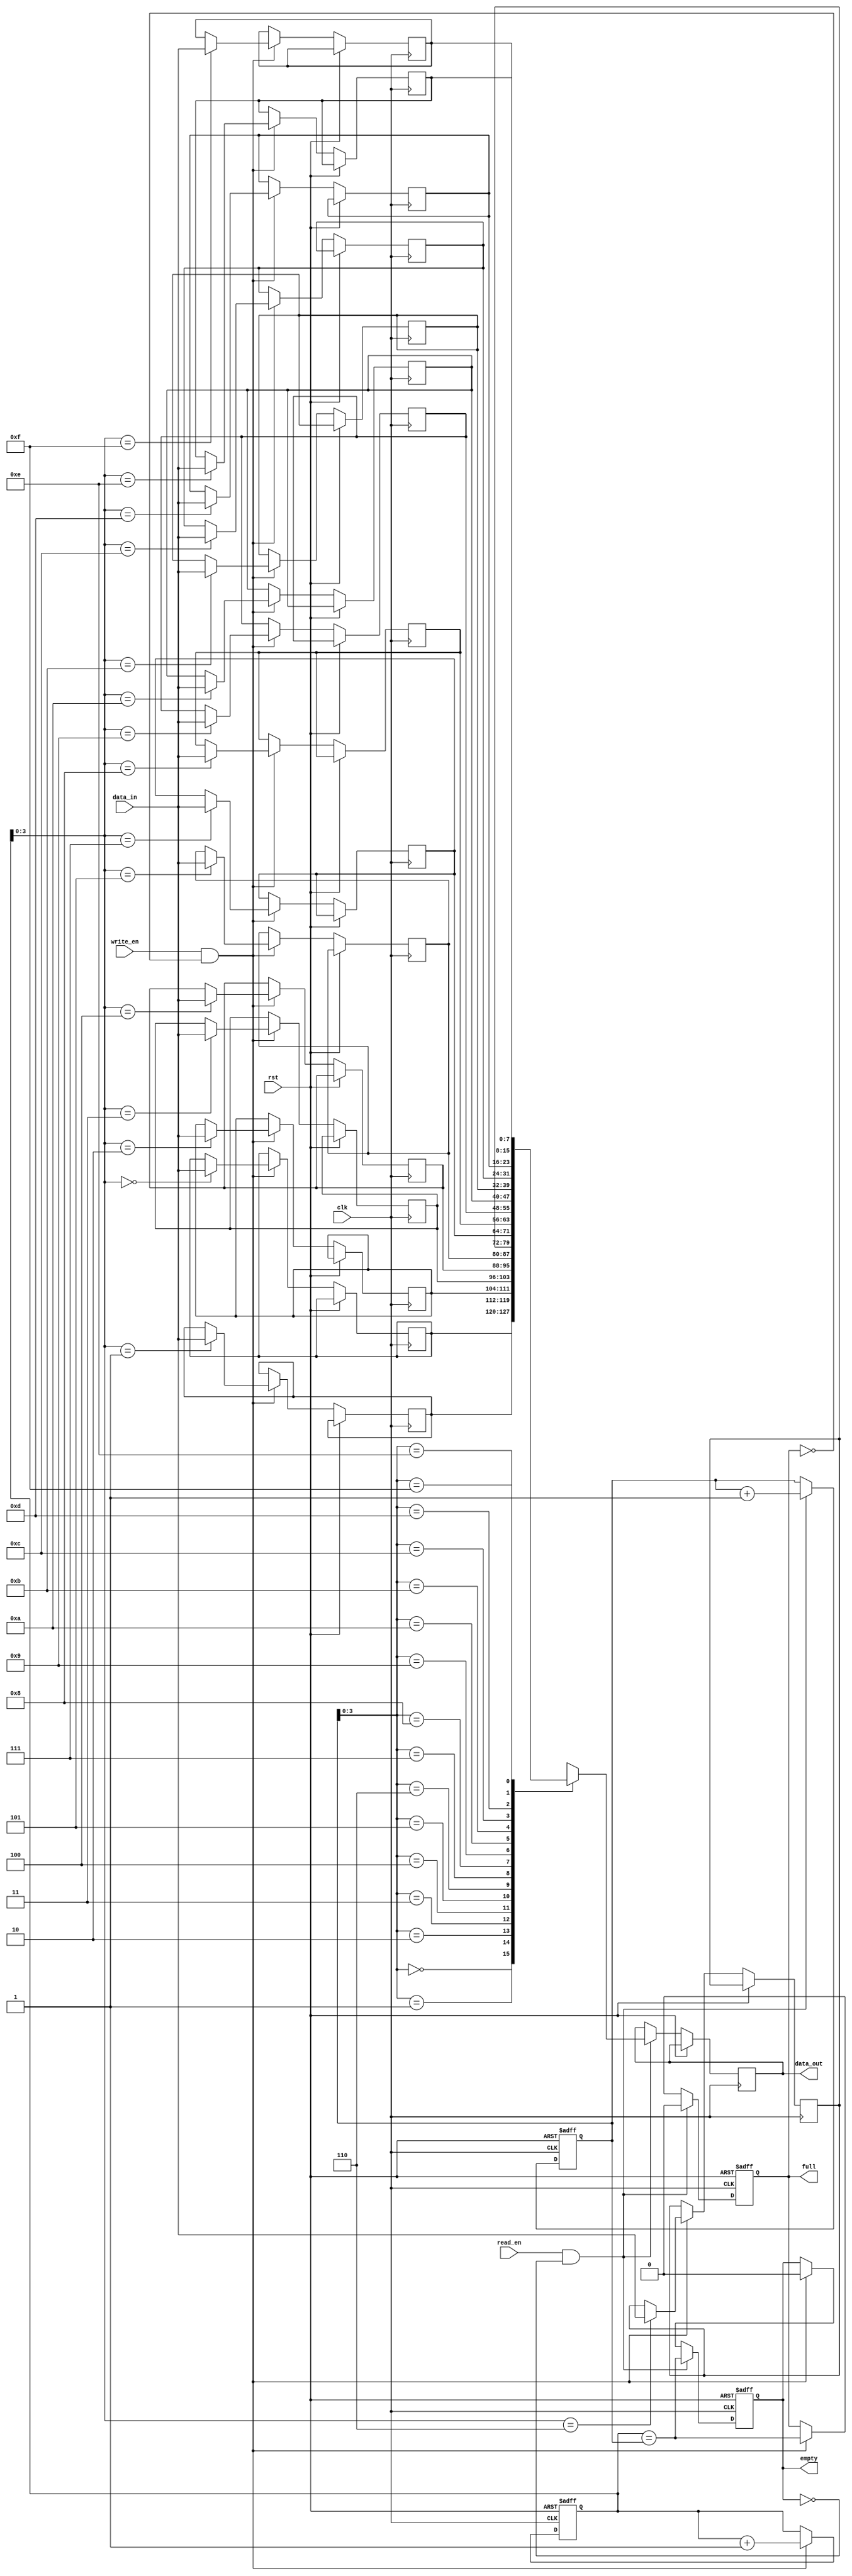
module async_fifo (
  input wire clk,
  input wire rst,
  input wire write_en,
  input wire read_en,
  input wire [WIDTH-1:0] data_in,
  output reg [WIDTH-1:0] data_out,
  output reg full,
  output reg empty
);

parameter WIDTH = 8;
parameter DEPTH = 16;

reg [WIDTH-1:0] memory [0:DEPTH-1];
reg [4:0] wr_ptr = 0;
reg [4:0] rd_ptr = 0;

always @(posedge clk or posedge rst) begin
  if (rst) begin
    wr_ptr <= 0;
    rd_ptr <= 0;
    full <= 0;
    empty <= 1;
  end else begin
    if (write_en && !full) begin
      memory[wr_ptr] <= data_in;
      wr_ptr <= wr_ptr + 1;
      full <= (wr_ptr == rd_ptr);
      empty <= 0;
    end
    if (read_en && !empty) begin
      data_out <= memory[rd_ptr];
      rd_ptr <= rd_ptr + 1;
      empty <= (wr_ptr == rd_ptr);
      full <= 0;
    end
  end
end

endmodule